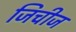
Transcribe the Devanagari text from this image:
जिचीज